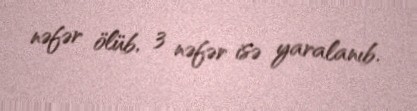
nəfər ölüb, 3 nəfər isə yaralanıb.